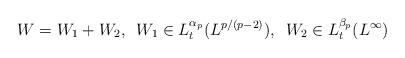
LaTeX: \begin{align*}W=W_1+W_2,\,\,\,W_1\in L^{\alpha_p}_t(L^{p/(p-2)}),\,\,\,W_2\in L^{\beta_p}_t(L^\infty)\end{align*}